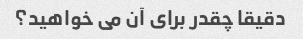
دقیقا چقدر برای آن می خواهید؟